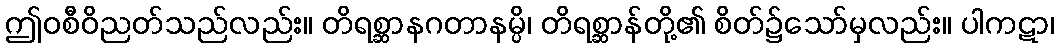
ဤဝစီဝိညတ်သည်လည်း။ တိရစ္ဆာနဂတာနမ္ပိ၊ တိရစ္ဆာန်တို့၏ စိတ်၌သော်မှလည်း။ ပါကဋာ၊